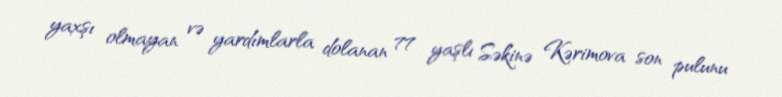
yaxşı olmayan və yardımlarla dolanan 77 yaşlı Səkinə Kərimova son pulunu